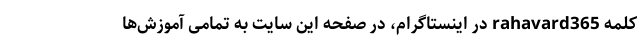
کلمه rahavard365 در اینستاگرام، در صفحه این سایت به تمامی آموزش‌‌ها